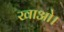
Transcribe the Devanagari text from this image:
खाओ।